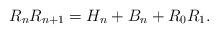
LaTeX: \begin{align*}{{R}_{n}}{{R}_{n+1}}={H_{n}}+{B_{n}}+{{R}_{0}}{{R}_{1}}.\end{align*}